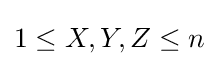
1\leq X,Y,Z\leq n